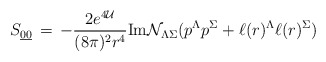
\begin{align*}S_{{\underline{0}}{\underline{0}}}\,=\, -\frac{2e^{4{\cal U}}}{(8\pi)^2 r^4}{\rm Im}{\cal N}_{\Lambda\Sigma}(p^\Lambda p^\Sigma+\ell (r)^\Lambda \ell (r)^\Sigma)\end{align*}